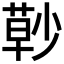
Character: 𰱰